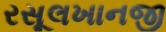
રસૂલખાનજી